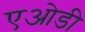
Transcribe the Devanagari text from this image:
एओडी